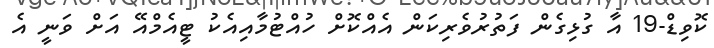
ކޮވިޑް-19 އާ ގުޅިގެން ފަތުރުވެރިކަން އެއްކޮށް ހުއްޓުމާއިއެކު ޓީއެމްއޭ އަށް ވަނީ އެ